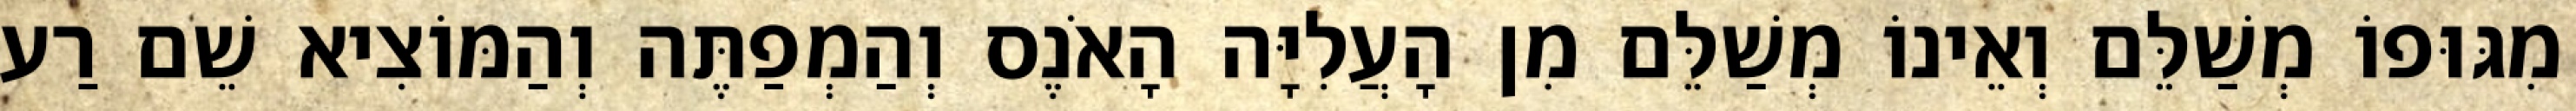
מִגּוּפוֹ מְשַׁלֵּם וְאֵינוֹ מְשַׁלֵּם מִן הָעֲלִיָּה הָאֹנֶס וְהַמְפַתֶּה וְהַמּוֹצִיא שֵׁם רַע